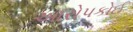
આરોપકોઈ